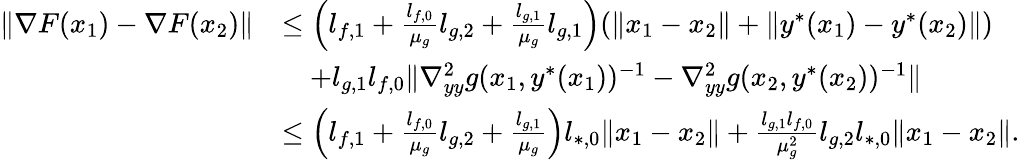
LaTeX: \begin{array}{rl}{\| \nabla F(x_{1})-\nabla F(x_{2})\| }&{\le\left(l_{f,1}+\frac{l_{f,0}}{\mu_{g}}l_{g,2}+\frac{l_{g,1}}{\mu_{g}}l_{g,1}\right)(\| x_{1}-x_{2}\| +\| y^{*}(x_{1})-y^{*}(x_{2})\| )}\\ &{\quad+l_{g,1}l_{f,0}\| \nabla_{yy}^{2}g(x_{1},y^{*}(x_{1}))^{-1}-\nabla_{yy}^{2}g(x_{2},y^{*}(x_{2}))^{-1}\| }\\ &{\le\left(l_{f,1}+\frac{l_{f,0}}{\mu_{g}}l_{g,2}+\frac{l_{g,1}}{\mu_{g}}\right)l_{*,0}\| x_{1}-x_{2}\| +\frac{l_{g,1}l_{f,0}}{\mu_{g}^{2}}l_{g,2}l_{*,0}\| x_{1}-x_{2}\| .}\end{array}